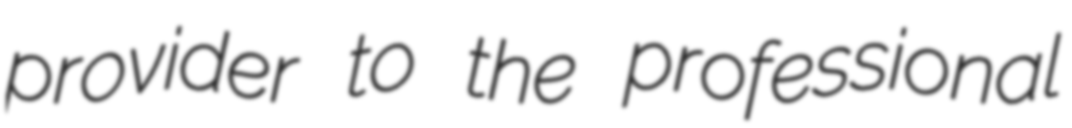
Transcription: provider to the professional